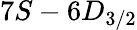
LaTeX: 7S-6D_{3/2}